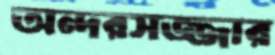
অন্দরসজ্জার